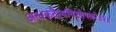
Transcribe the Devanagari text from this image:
अन्धकदैत्यविशोषकरे॥२॥